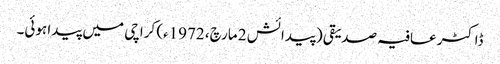
ڈاکٹر عافیہ صدیقی (پیدائش 2 مارچ، 1972ء) کراچی میں پیدا ہوئی۔